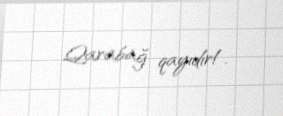
Qarabağ qayıdır!.